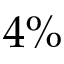
4 \%